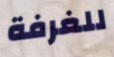
للغرفة